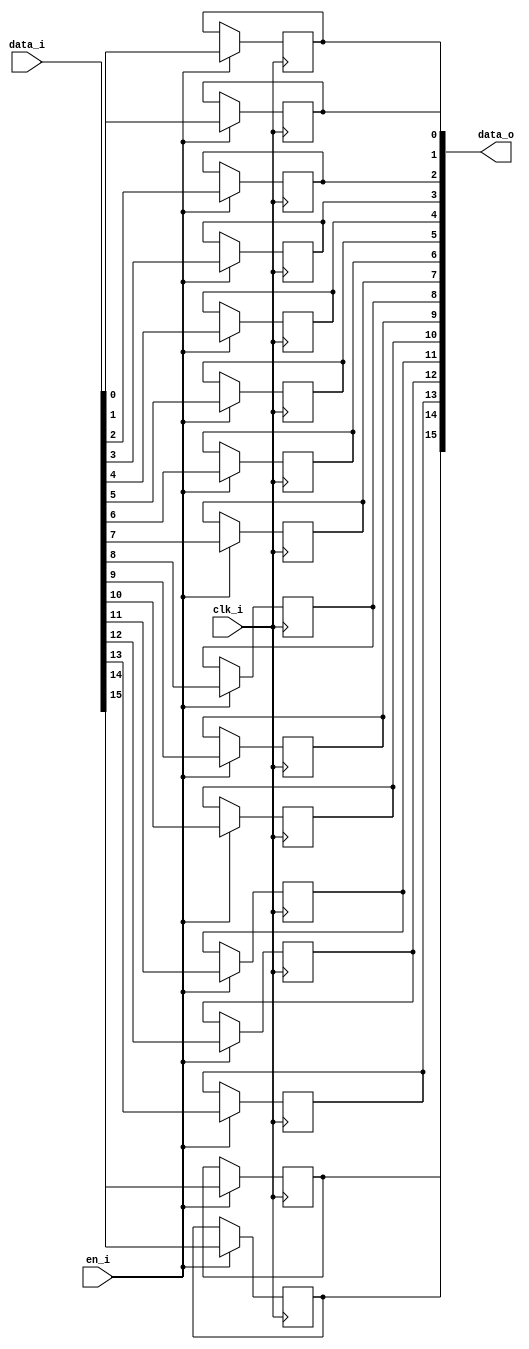
// This program was cloned from: https://github.com/NYU-MLDA/OpenABC
// License: BSD 3-Clause "New" or "Revised" License

module bsg_dff_en_width_p16_harden_p0
(
  clk_i,
  data_i,
  en_i,
  data_o
);

  input [15:0] data_i;
  output [15:0] data_o;
  input clk_i;
  input en_i;
  wire [15:0] data_o;
  reg data_o_15_sv2v_reg,data_o_14_sv2v_reg,data_o_13_sv2v_reg,data_o_12_sv2v_reg,
  data_o_11_sv2v_reg,data_o_10_sv2v_reg,data_o_9_sv2v_reg,data_o_8_sv2v_reg,
  data_o_7_sv2v_reg,data_o_6_sv2v_reg,data_o_5_sv2v_reg,data_o_4_sv2v_reg,data_o_3_sv2v_reg,
  data_o_2_sv2v_reg,data_o_1_sv2v_reg,data_o_0_sv2v_reg;
  assign data_o[15] = data_o_15_sv2v_reg;
  assign data_o[14] = data_o_14_sv2v_reg;
  assign data_o[13] = data_o_13_sv2v_reg;
  assign data_o[12] = data_o_12_sv2v_reg;
  assign data_o[11] = data_o_11_sv2v_reg;
  assign data_o[10] = data_o_10_sv2v_reg;
  assign data_o[9] = data_o_9_sv2v_reg;
  assign data_o[8] = data_o_8_sv2v_reg;
  assign data_o[7] = data_o_7_sv2v_reg;
  assign data_o[6] = data_o_6_sv2v_reg;
  assign data_o[5] = data_o_5_sv2v_reg;
  assign data_o[4] = data_o_4_sv2v_reg;
  assign data_o[3] = data_o_3_sv2v_reg;
  assign data_o[2] = data_o_2_sv2v_reg;
  assign data_o[1] = data_o_1_sv2v_reg;
  assign data_o[0] = data_o_0_sv2v_reg;

  always @(posedge clk_i) begin
    if(en_i) begin
      data_o_15_sv2v_reg <= data_i[15];
    end 
  end


  always @(posedge clk_i) begin
    if(en_i) begin
      data_o_14_sv2v_reg <= data_i[14];
    end 
  end


  always @(posedge clk_i) begin
    if(en_i) begin
      data_o_13_sv2v_reg <= data_i[13];
    end 
  end


  always @(posedge clk_i) begin
    if(en_i) begin
      data_o_12_sv2v_reg <= data_i[12];
    end 
  end


  always @(posedge clk_i) begin
    if(en_i) begin
      data_o_11_sv2v_reg <= data_i[11];
    end 
  end


  always @(posedge clk_i) begin
    if(en_i) begin
      data_o_10_sv2v_reg <= data_i[10];
    end 
  end


  always @(posedge clk_i) begin
    if(en_i) begin
      data_o_9_sv2v_reg <= data_i[9];
    end 
  end


  always @(posedge clk_i) begin
    if(en_i) begin
      data_o_8_sv2v_reg <= data_i[8];
    end 
  end


  always @(posedge clk_i) begin
    if(en_i) begin
      data_o_7_sv2v_reg <= data_i[7];
    end 
  end


  always @(posedge clk_i) begin
    if(en_i) begin
      data_o_6_sv2v_reg <= data_i[6];
    end 
  end


  always @(posedge clk_i) begin
    if(en_i) begin
      data_o_5_sv2v_reg <= data_i[5];
    end 
  end


  always @(posedge clk_i) begin
    if(en_i) begin
      data_o_4_sv2v_reg <= data_i[4];
    end 
  end


  always @(posedge clk_i) begin
    if(en_i) begin
      data_o_3_sv2v_reg <= data_i[3];
    end 
  end


  always @(posedge clk_i) begin
    if(en_i) begin
      data_o_2_sv2v_reg <= data_i[2];
    end 
  end


  always @(posedge clk_i) begin
    if(en_i) begin
      data_o_1_sv2v_reg <= data_i[1];
    end 
  end


  always @(posedge clk_i) begin
    if(en_i) begin
      data_o_0_sv2v_reg <= data_i[0];
    end 
  end


endmodule